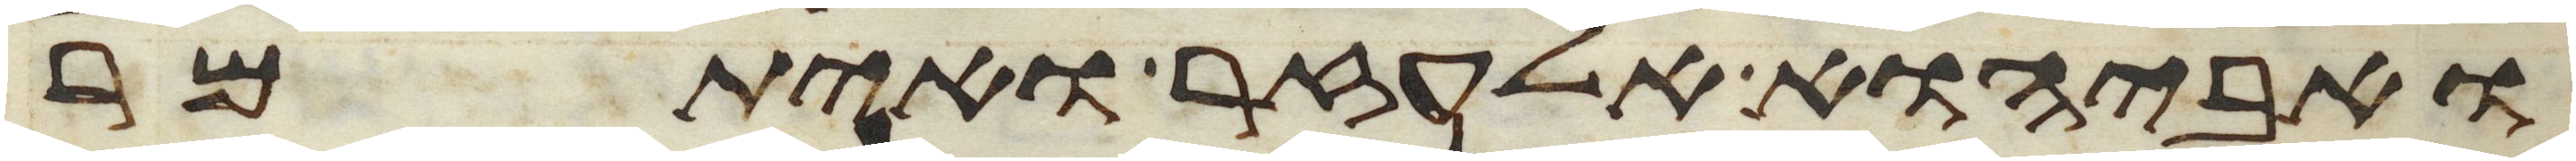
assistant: ואביהוא אלעזר ואיתמר